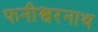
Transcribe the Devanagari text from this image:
फनीश्वरनाथ